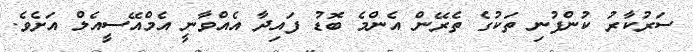
ސަރުކާރު ކުންފުނި ތަކުގެ ތެރޭން އެންމެ ބޮޑު ފައިދާ އެއްވާނީ އެމްއޭސީއެލް އަށެވެ.